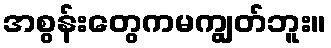
အစွန်းတွေကမကျွတ်ဘူး။